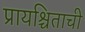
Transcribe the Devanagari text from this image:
प्रायश्चिताची